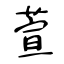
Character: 萱